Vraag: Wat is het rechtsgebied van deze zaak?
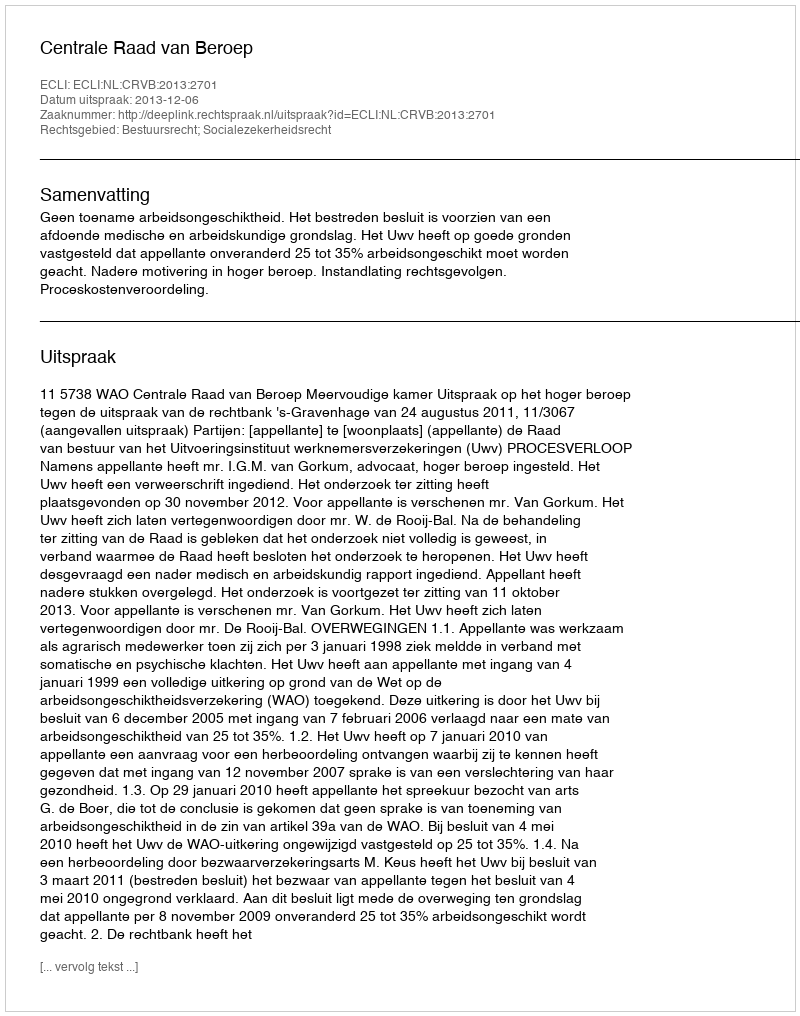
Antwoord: Bestuursrecht; Socialezekerheidsrecht